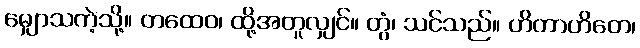
မျှောသကဲ့သို့။ တထေဝ၊ ထို့အတူလျှင်။ တွံ၊ သင်သည်။ ဟိတာဟိတေ၊